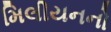
મિલીયનનો